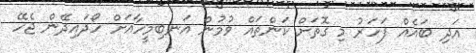
އަދި ބައެއް ފަހަރު މި ގޮތަށް ކަންތައް ވުމުން އަނބިމީހާއަށް ހޯދައިދޭން ޖެހޭ